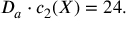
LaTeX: D _ { a } \cdot c _ { 2 } ( X ) = 2 4 .